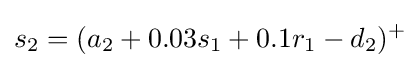
s_{2}=(a_{2}+0.03s_{1}+0.1r_{1}-d_{2})^{+}